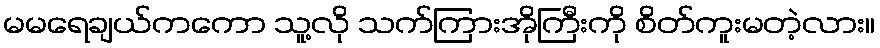
မမရေချယ်ကကော သူ့လို သက်ကြားအိုကြီးကို စိတ်ကူးမတဲ့လား။